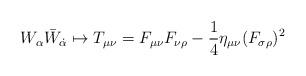
LaTeX: \begin{align*}W_\alpha\bar W_{\dot \alpha}\mapsto T_{\mu \nu}=F_{\mu \nu}F_{\nu \rho}-{1\over 4}\eta_{\mu \nu}(F_{\sigma \rho})^2\end{align*}